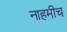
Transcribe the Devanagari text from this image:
नाहमीच